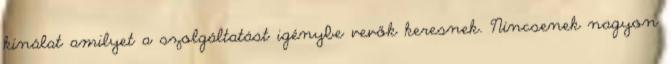
kínálat amilyet a szolgáltatást igénybe vevők keresnek. Nincsenek nagyon